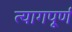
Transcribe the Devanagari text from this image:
त्यागपूर्ण